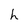
Character: h